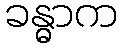
ခန္ဓာက